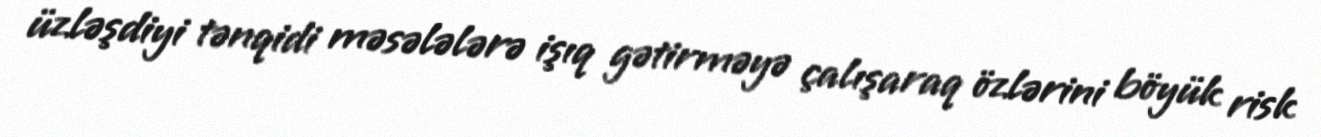
üzləşdiyi tənqidi məsələlərə işıq gətirməyə çalışaraq özlərini böyük risk